Annual report of the Punjab Veterinary College and of the Civil Veterinary Department, Punjab - 1894-1908
Year: 1894
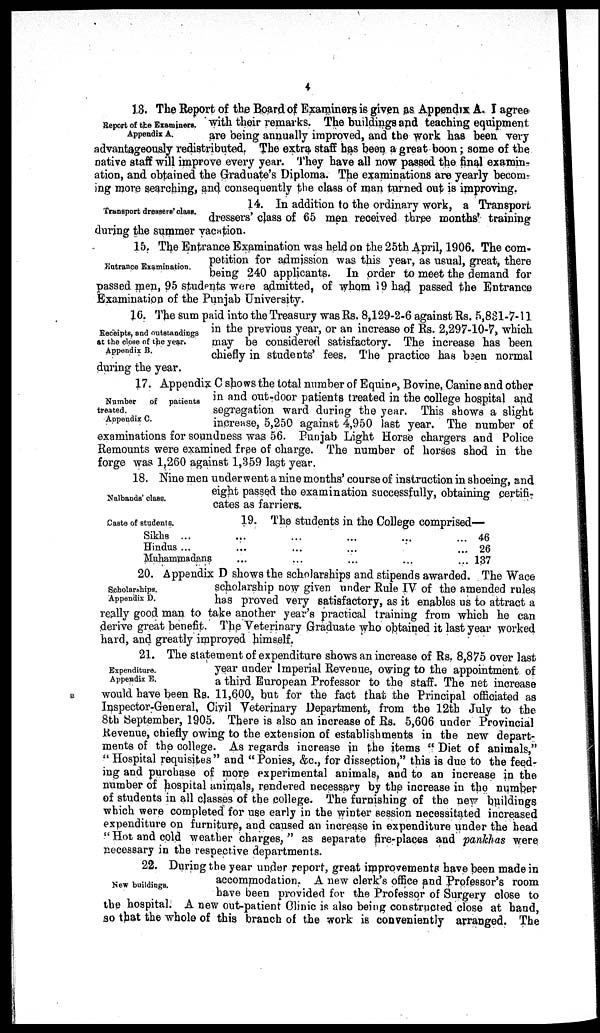
4
Report of the Examiners.
Appendix A.
13. The Report of the Board of Examiners is given as Appendix A. I agree
with their remarks. The buildings and teaching equipment
are being annually improved, and the work has been very
advantageously redistributed. The extra staff has been a great boon; some of the
native staff will improve every year. They have all now passed the final examin-
ation, and obtained the Graduate's Diploma. The examinations are yearly becom-
ing more searching, and consequently the class of man turned out is improving.
Transport dressers' class.
14. In addition to the ordinary work, a Transport
dressers' class of 65 men received three months' training
during the summer vacation.
Entrance Examination.
15. The Entrance Examination was held on the 25th April, 1906. The com-
petition for admission was this year, as usual, great, there
being 240 applicants. In order to meet the demand for
passed men, 95 students were admitted, of whom 19 had passed the Entrance
Examination of the Punjab University.
Receipts, and outstandings
at the close of the year.
Appendix B.
16. The sum paid into the Treasury was Rs. 8,129-2-6 against Rs. 5,831-7-11
in the previous year, or an increase of Rs. 2,297-10-7, which
may be considered satisfactory. The increase has been
chiefly in students' fees. The practice has been normal
during the year.
Number
of
patients
treated.
Appendix C.
17. Appendix C shows the total number of Equine, Bovine, Canine and other
in and out-door patients treated in the college hospital and
segregation ward during the year. This shows a slight
increase, 5,250 against 4,950 last year. The number of
examinations for soundness was 56. Punjab Light Horse chargers and Police
Remounts were examined free of charge. The number of horses shod in the
forge was 1,260 against 1,359 last year.
Nalbands' class.
18. Nine men underwent a nine months' course of instruction in shoeing, and
eight passed the examination successfully, obtaining certifi-
cates as farriers.
Caste of students.
19. The students in the College comprised—
Sikhs ... ... ... ... ...
Hindus ... ... ... ... ...
Muhammadans ... ... ... ... ...
46
26
137
Scholarships.
Appendix D.
20. Appendix D shows the scholarships and stipends awarded. The Wace
scholarship now given under Rule IV of the amended rules
has proved very satisfactory, as it enables us to attract a
really good man to take another year's practical training from which he can
derive great benefit. The Veterinary Graduate who obtained it last year worked
hard, and greatly improved himself.
Expenditure.
Appendix E.
21. The statement of expenditure shows an increase of Rs. 8,875 over last
year under Imperial Revenue, owing to the appointment of
a third European Professor to the staff. The net increase
would have been Rs. 11,600, but for the fact that the Principal officiated as
Inspector-General, Civil Veterinary Department, from the 12th July to the
8th September, 1905. There is also an increase of Rs. 5,606 under Provincial
Revenue, chiefly owing to the extension of establishments in the new depart-
ments of the college. As regards increase in the items " Diet of animals,"
" Hospital requisites" and "Ponies, &c., for dissection," this is due to the feed-
ing and purchase of more experimental animals, and to an increase in the
number of hospital animals, rendered necessary by the increase in the number
of students in all classes of the college. The furnishing of the new buildings
which were completed for use early in the winter session necessitated increased
expenditure on furniture, and caused an increase in expenditure under the head
"Hot and cold weather charges," as separate fire-places and pankhas were
necessary in the respective departments.
New buildings.
22. During the year under report, great improvements have been made in
accommodation. A new clerk's office and Professor's room
have been provided for the Professor of Surgery close to
the hospital. A new out-patient Clinic is also being constructed close at hand,
so that the whole of this branch of the work is conveniently arranged. The